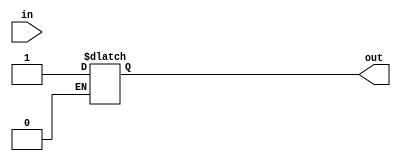
module schmitt_trigger_buffer (
    input wire in,
    output reg out
);

reg reg_in; // Internal register for storing previous input value

// Schmitt trigger functionality
always @(*) begin
    if (reg_in && !in) begin
        out <= 0;
    end else if (!reg_in && in) begin
        out <= 1;
    end;
    reg_in <= in;
end

endmodule